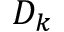
D _ { k }